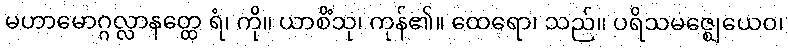
မဟာမောဂ္ဂလ္လာနတ္ထေ ရံ၊ ကို။ ယာစိံသု၊ ကုန်၏။ ထေရော၊ သည်။ ပရိသမဇ္ဈေယေဝ၊